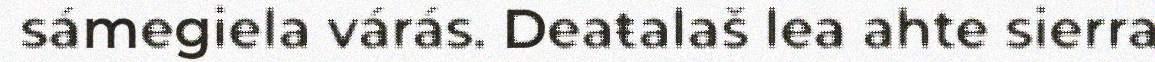
sámegiela várás. Deaŧalaš lea ahte sierra